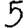
Digit: 5